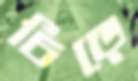
চিড়ে